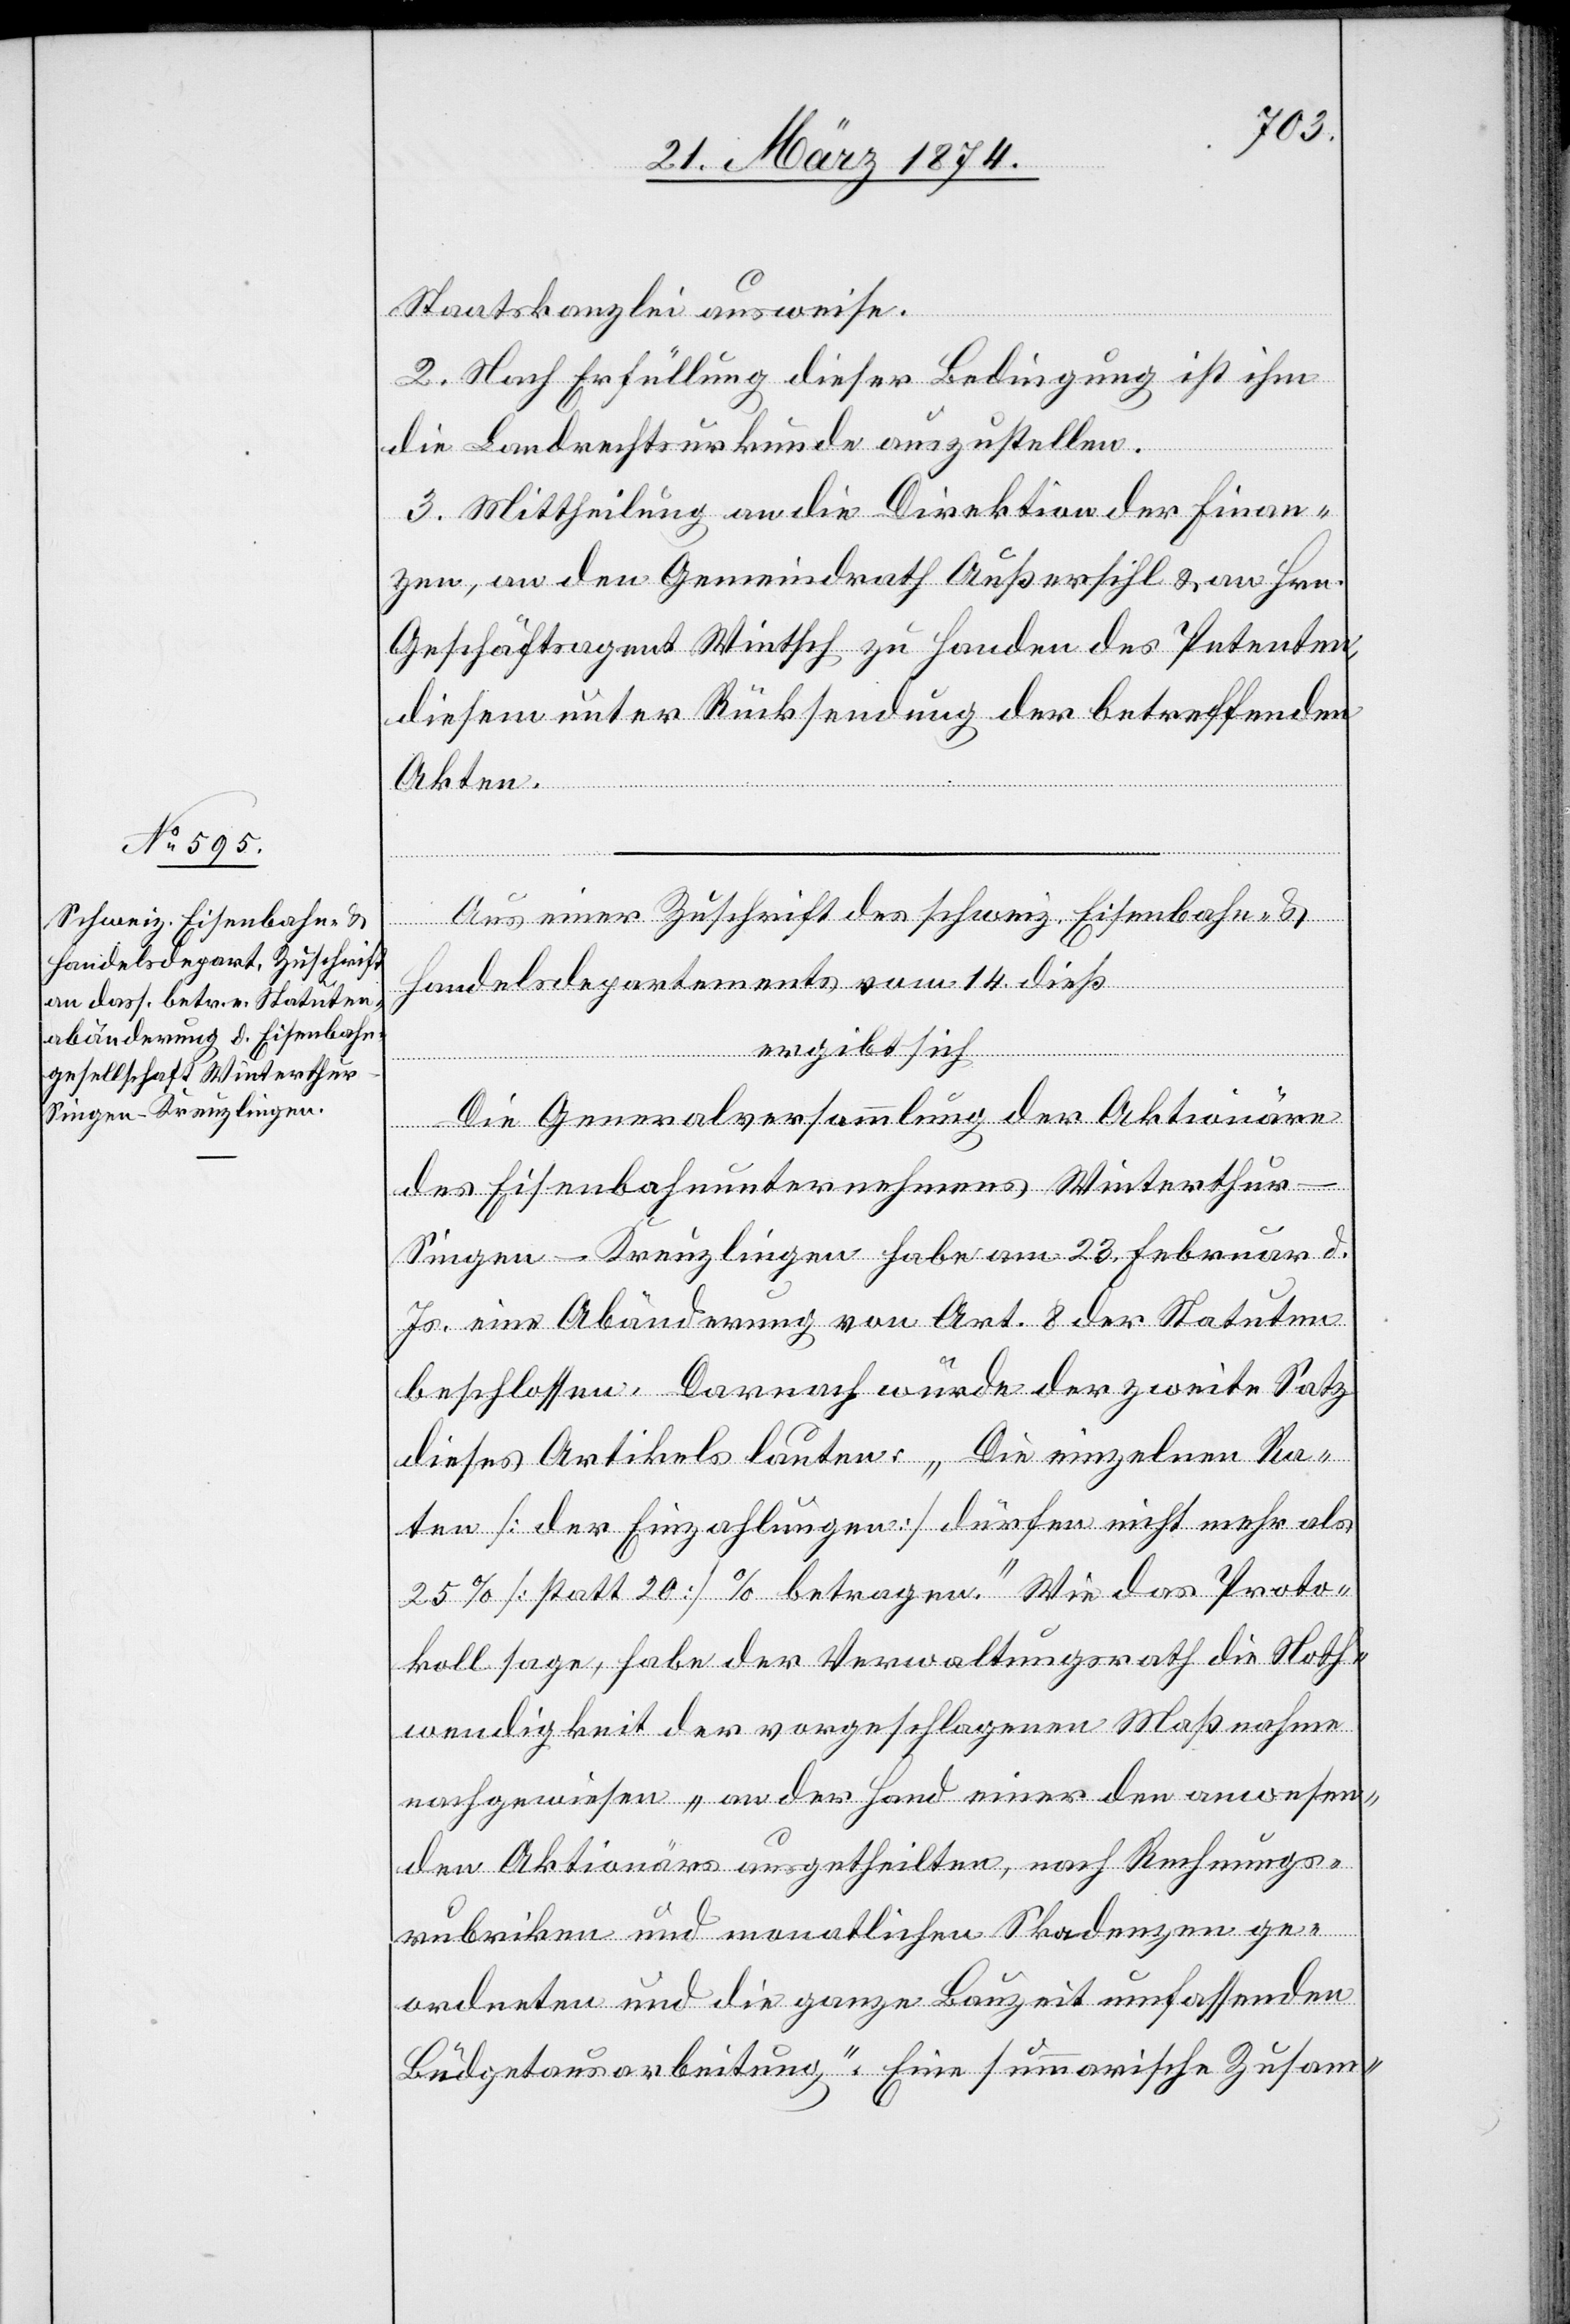
Staatskanzlei ausweise.
2. Nach Erfüllung dieser Bedingung ist ihm
die Landrechtsurkunde auszustellen.
3. Mittheilung an die Direktion der Finan¬
zen, an den Gemeindrath Außersihl u. an Hrn.
Geschäftsagent Wintsch zu Handen des Petenten,
diesem unter Rücksendung der betreffenden
Akten.
Aus einer Zuschrift des schweiz. Eisenbahn u.
Handelsdepartements vom 14. dieß
ergibt sich
Die Generalversammlung der Aktionäre
des Eisenbahnunternehmens Winterthur-S¬
ingen-Kreuzlingen habe am 23. Februar d.
Js. eine Abänderung von Art. 8 der Statuten
beschlossen. Darnach würde der zweite Satz
dieses Artikels lauten: „Die einzelnen Ra¬
ten [der Einzahlungen] dürfen nicht mehr als
25% [statt 20 %] betragen.“ Wie das Proto¬
koll sage, habe der Verwaltungsrath die Noth¬
wendigkeit der vorgeschlagenen Maßnahme
nachgewiesen „an der Hand einer den anwesen¬
den Aktionäre ausgetheilten, nach Rechnungs¬
rubriken und monatlichen Skadenzen ge¬
ordneten und die ganze Bauzeit umfassenden
Büdgetausarbeitung“. Eine summarische Zusam-